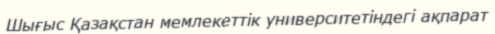
Шығыс Қазақстан мемлекеттік университетіндегі ақпарат